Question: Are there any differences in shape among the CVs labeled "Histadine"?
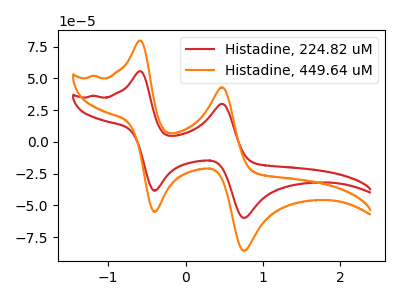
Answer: <think>The red curve "Histadine, 224.82 uM" has anodic peaks at (-0.60V, 55.55uA) (0.45V, 30.00uA) and cathodic peaks at (-0.40V, -38.45uA) (0.75V, -59.75uA). The orange curve "Histadine, 449.64 uM" has anodic peaks at (-0.60V, 79.60uA) (0.45V, 42.95uA) and cathodic peaks at (-0.40V, -55.05uA) (0.75V, -85.65uA).
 All the peaks in "Histadine, 224.82 uM" have a peak in "Histadine, 449.64 uM" at the same potential. Every peak in "Histadine, 224.82 uM" is lower than every peak in "Histadine, 449.64 uM".</think>
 <answer>All the CV's of "Histadine" have similar shape.</answer>
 <eval>follow_rule</eval>